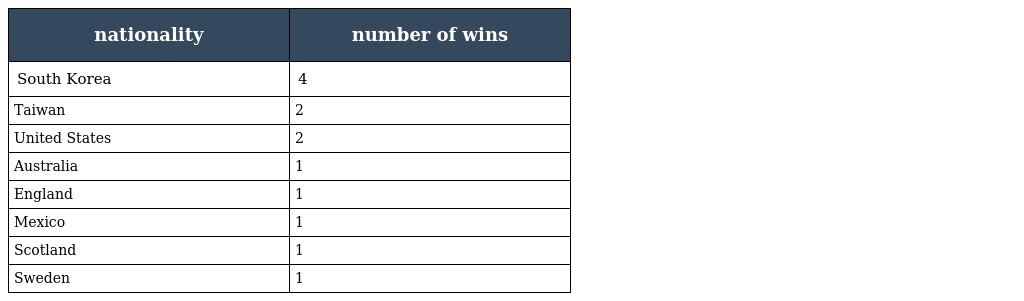
| nationality | number of wins |
 | --- | --- |
 | South Korea | 4 |
 | Taiwan | 2 |
 | United States | 2 |
 | Australia | 1 |
 | England | 1 |
 | Mexico | 1 |
 | Scotland | 1 |
 | Sweden | 1 |